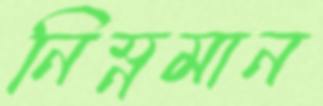
নিম্নমান